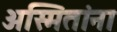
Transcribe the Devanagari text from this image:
अस्मितांना